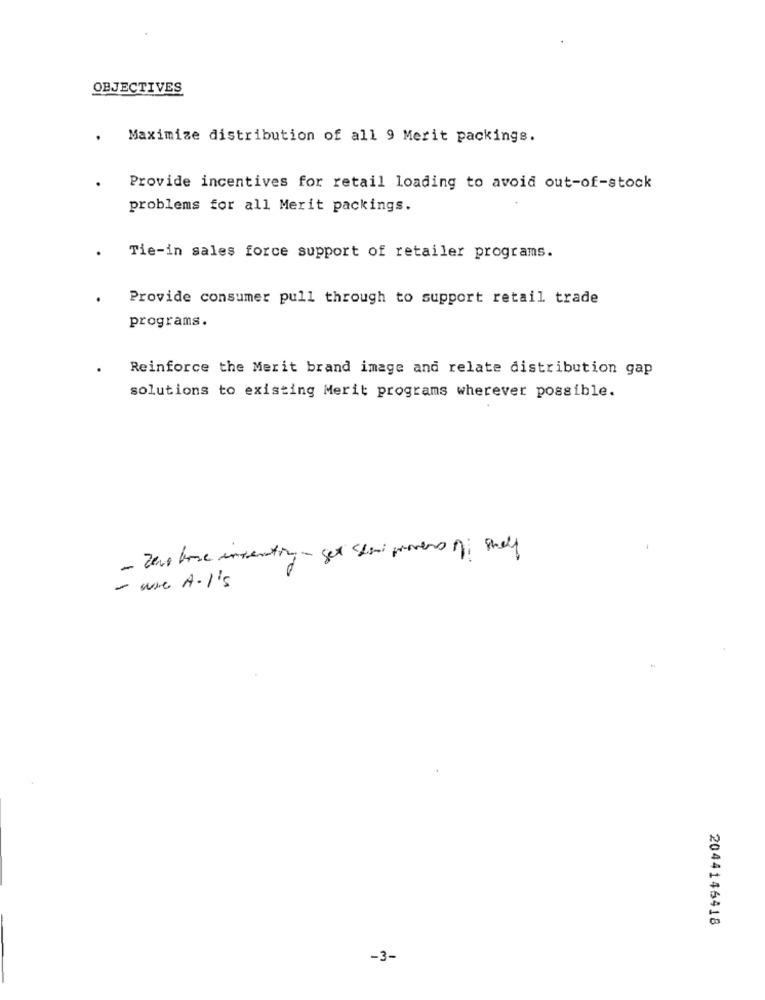
OBJECTIVES
Maximize distribution of all 9 Merit packings.
Provide incentives for retail loading to avoid out-of-stock
problems for all Merit packings.
Tie-in sales force support of retailer programs.
Provide consumer pull through to support retail trade
programs.
Reinforce the Merit brand image and relate distribution gap
solutions to existing Merit programs wherever possible.
- Zero bone ingenting- get shari provens o met
- wie A.l's
2044146418
-3-